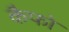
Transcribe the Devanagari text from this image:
कैफो